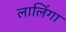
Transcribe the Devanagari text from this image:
लालिंगा